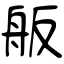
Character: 舨